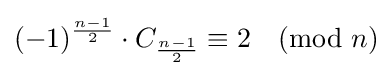
(-1)^{\frac {n-1}{2}}\cdot C_{\frac {n-1}{2}}\equiv 2{\pmod {n}}